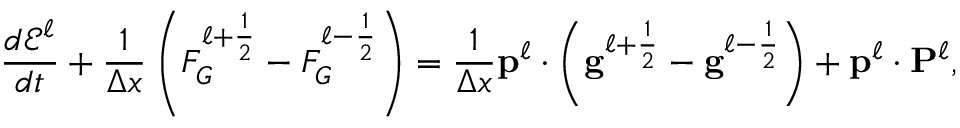
\frac { d \mathcal { E } ^ { \ell } } { d t } + \frac { 1 } { \Delta x } \left( F _ { G } ^ { \ell + \frac { 1 } { 2 } } - F _ { G } ^ { \ell - \frac { 1 } { 2 } } \right) = \frac { 1 } { \Delta x } \mathbf { p } ^ { \ell } \cdot \left( \mathbf { g } ^ { \ell + \frac { 1 } { 2 } } - \mathbf { g } ^ { \ell - \frac { 1 } { 2 } } \right) + \mathbf { p } ^ { \ell } \cdot \mathbf { P } ^ { \ell } ,